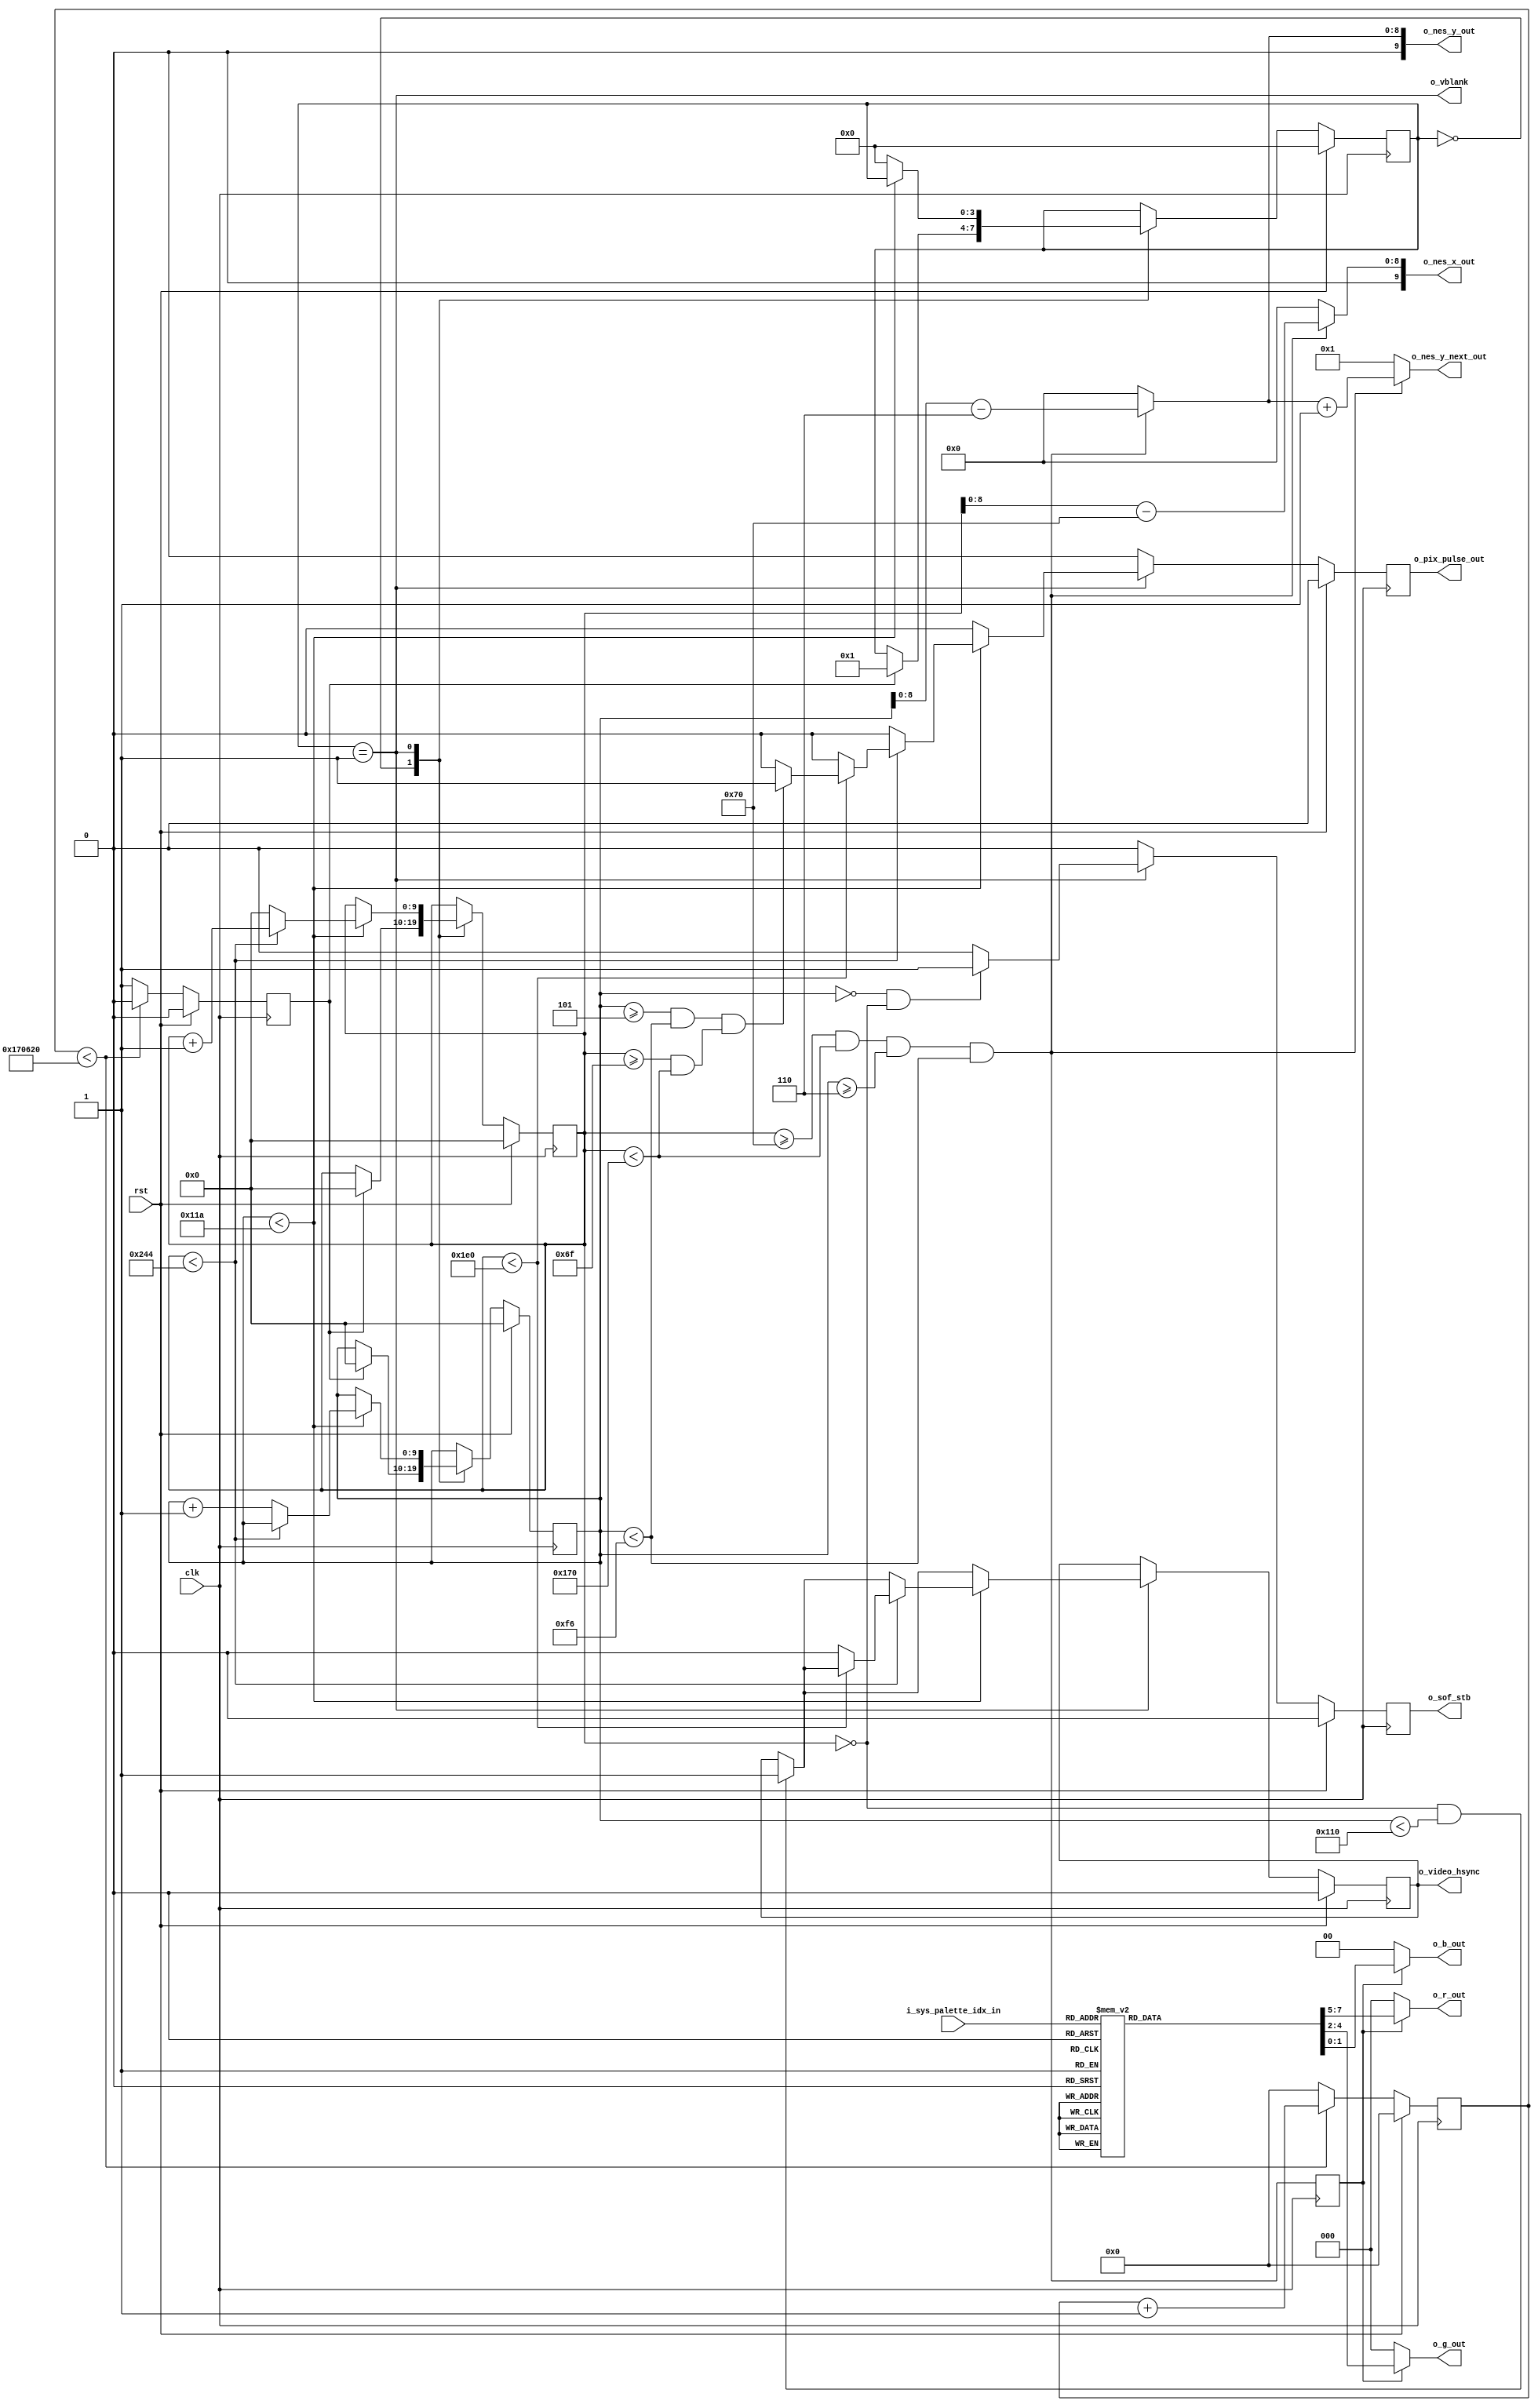
// This program was cloned from: https://github.com/CospanDesign/nysa-verilog
// License: MIT License

`timescale 1ns/1ps

module rgb_generator #(
  parameter           CLOCK_RATE    = 100000000,
  parameter           FPS           = 60,

  //Should be at the center of the screen
  parameter           FRAME_WIDTH   = 480,
  parameter           FRAME_HEIGHT  = 272,
  parameter           X_OFFSET      = 112,
  parameter           Y_OFFSET      = 6,
  parameter           BG_COLOR      = 8'h00,
  parameter           HBLANK        = 100,
  parameter           VBLANK        = 10
)(
  input               clk,                // 100MHz system clock signal
  input               rst,                // reset signal

  //X, Y, Y Next, pixel clock and a vblank
  output        [9:0] o_nes_x_out,        // nes x coordinate
  output        [9:0] o_nes_y_out,        // nes y coordinate
  output        [9:0] o_nes_y_next_out,   // next line's nes y coordinate
  output  reg         o_pix_pulse_out,    // 1 clk pulse prior to o_nes_x update
  //output              o_pix_pulse_out,    // 1 clk pulse prior to o_nes_x update
  output              o_vblank,           // indicates a vblank is occuring (no PPU vram access)

  //From the below control signal, the PPU returns this value
  input         [5:0] i_sys_palette_idx_in,  // system palette index (selects output color)

  //Generated Signals to Drive Display
  output  reg         o_video_hsync = 0,  // Video horizontal sync
  output  reg         o_sof_stb = 0,      // Start of frame
  output        [2:0] o_r_out,            // vga red signal
  output        [2:0] o_g_out,            // vga green signal
  output        [1:0] o_b_out             // vga blue signal
);


//local parameters
localparam  IMAGE_WIDTH     = 256;
localparam  IMAGE_HEIGHT    = 240;
localparam  VBLANK_TIMEOUT = ((((FRAME_WIDTH + HBLANK) * FRAME_HEIGHT) + VBLANK) > (CLOCK_RATE / FPS)) ?
                                          10 :
                                          (CLOCK_RATE / FPS) - (((FRAME_WIDTH + HBLANK) * FRAME_HEIGHT) + VBLANK);

//localparam VBLANK_TIMEOUT = 500;
//localparam VBLANK_TIMEOUT = 148064;
//localparam VBLANK_TIMEOUT = 150000;


localparam  IDLE            = 0;
localparam  VID             = 1;

//Registers/Wires
reg   [9:0]       r_x_pos;
reg   [9:0]       r_y_pos;
reg   [7:0]       r_rgb;

wire  [8:0]       w_x_pos;
wire  [8:0]       w_y_pos;

reg   [23:0]      r_clk_div_count;
wire  [23:0]      w_vblank_debug = VBLANK_TIMEOUT;
reg   [3:0]       state;

wire  [7:0]       w_bg_color;
wire              w_valid;
reg               r_valid;
wire  [31:0]      w_vblank_timeout = VBLANK_TIMEOUT;
reg               r_start_stb;


//synchronous logic

//Generate a pulse when we are about to start capturing video
always @ (posedge clk) begin
  r_start_stb       <=  0;
  if (rst) begin
    r_clk_div_count <=  0;
  end
  else begin
    if (r_clk_div_count < VBLANK_TIMEOUT) begin
      r_clk_div_count <= r_clk_div_count + 1;
    end
    else begin
      r_clk_div_count <=  0;
      r_start_stb     <=  1;
    end
  end
end

//Color lookup table
always @ (*) begin
  if (!r_valid) begin
    r_rgb             = 0;
  end
  else begin
    // Lookup RGB values based on sys_palette_idx.  Table is an approximation of the NES
    // system palette.  Taken from http://nesdev.parodius.com/NESTechFAQ.htm#nessnescompat.
    case (i_sys_palette_idx_in)
      6'h00:  r_rgb = { 3'h3, 3'h3, 2'h1 };
      6'h01:  r_rgb = { 3'h1, 3'h0, 2'h2 };
      6'h02:  r_rgb = { 3'h0, 3'h0, 2'h2 };
      6'h03:  r_rgb = { 3'h2, 3'h0, 2'h2 };
      6'h04:  r_rgb = { 3'h4, 3'h0, 2'h1 };
      6'h05:  r_rgb = { 3'h5, 3'h0, 2'h0 };
      6'h06:  r_rgb = { 3'h5, 3'h0, 2'h0 };
      6'h07:  r_rgb = { 3'h3, 3'h0, 2'h0 };
      6'h08:  r_rgb = { 3'h2, 3'h1, 2'h0 };
      6'h09:  r_rgb = { 3'h0, 3'h2, 2'h0 };
      6'h0a:  r_rgb = { 3'h0, 3'h2, 2'h0 };
      6'h0b:  r_rgb = { 3'h0, 3'h1, 2'h0 };
      6'h0c:  r_rgb = { 3'h0, 3'h1, 2'h1 };
      6'h0d:  r_rgb = { 3'h0, 3'h0, 2'h0 };
      6'h0e:  r_rgb = { 3'h0, 3'h0, 2'h0 };
      6'h0f:  r_rgb = { 3'h0, 3'h0, 2'h0 };

      6'h10:  r_rgb = { 3'h5, 3'h5, 2'h2 };
      6'h11:  r_rgb = { 3'h0, 3'h3, 2'h3 };
      6'h12:  r_rgb = { 3'h1, 3'h1, 2'h3 };
      6'h13:  r_rgb = { 3'h4, 3'h0, 2'h3 };
      6'h14:  r_rgb = { 3'h5, 3'h0, 2'h2 };
      6'h15:  r_rgb = { 3'h7, 3'h0, 2'h1 };
      6'h16:  r_rgb = { 3'h6, 3'h1, 2'h0 };
      6'h17:  r_rgb = { 3'h6, 3'h2, 2'h0 };
      6'h18:  r_rgb = { 3'h4, 3'h3, 2'h0 };
      6'h19:  r_rgb = { 3'h0, 3'h4, 2'h0 };
      6'h1a:  r_rgb = { 3'h0, 3'h5, 2'h0 };
      6'h1b:  r_rgb = { 3'h0, 3'h4, 2'h0 };
      6'h1c:  r_rgb = { 3'h0, 3'h4, 2'h2 };
      6'h1d:  r_rgb = { 3'h0, 3'h0, 2'h0 };
      6'h1e:  r_rgb = { 3'h0, 3'h0, 2'h0 };
      6'h1f:  r_rgb = { 3'h0, 3'h0, 2'h0 };

      6'h20:  r_rgb = { 3'h7, 3'h7, 2'h3 };
      6'h21:  r_rgb = { 3'h1, 3'h5, 2'h3 };
      6'h22:  r_rgb = { 3'h2, 3'h4, 2'h3 };
      6'h23:  r_rgb = { 3'h5, 3'h4, 2'h3 };
      6'h24:  r_rgb = { 3'h7, 3'h3, 2'h3 };
      6'h25:  r_rgb = { 3'h7, 3'h3, 2'h2 };
      6'h26:  r_rgb = { 3'h7, 3'h3, 2'h1 };
      6'h27:  r_rgb = { 3'h7, 3'h4, 2'h0 };
      6'h28:  r_rgb = { 3'h7, 3'h5, 2'h0 };
      6'h29:  r_rgb = { 3'h4, 3'h6, 2'h0 };
      6'h2a:  r_rgb = { 3'h2, 3'h6, 2'h1 };
      6'h2b:  r_rgb = { 3'h2, 3'h7, 2'h2 };
      6'h2c:  r_rgb = { 3'h0, 3'h7, 2'h3 };
      6'h2d:  r_rgb = { 3'h0, 3'h0, 2'h0 };
      6'h2e:  r_rgb = { 3'h0, 3'h0, 2'h0 };
      6'h2f:  r_rgb = { 3'h0, 3'h0, 2'h0 };

      6'h30:  r_rgb = { 3'h7, 3'h7, 2'h3 };
      6'h31:  r_rgb = { 3'h5, 3'h7, 2'h3 };
      6'h32:  r_rgb = { 3'h6, 3'h6, 2'h3 };
      6'h33:  r_rgb = { 3'h6, 3'h6, 2'h3 };
      6'h34:  r_rgb = { 3'h7, 3'h6, 2'h3 };
      6'h35:  r_rgb = { 3'h7, 3'h6, 2'h3 };
      6'h36:  r_rgb = { 3'h7, 3'h5, 2'h2 };
      6'h37:  r_rgb = { 3'h7, 3'h6, 2'h2 };
      6'h38:  r_rgb = { 3'h7, 3'h7, 2'h2 };
      6'h39:  r_rgb = { 3'h7, 3'h7, 2'h2 };
      6'h3a:  r_rgb = { 3'h5, 3'h7, 2'h2 };
      6'h3b:  r_rgb = { 3'h5, 3'h7, 2'h3 };
      6'h3c:  r_rgb = { 3'h4, 3'h7, 2'h3 };
      6'h3d:  r_rgb = { 3'h0, 3'h0, 2'h0 };
      6'h3e:  r_rgb = { 3'h0, 3'h0, 2'h0 };
      6'h3f:  r_rgb = { 3'h0, 3'h0, 2'h0 };
      default: r_rgb = {3'h0, 3'h0, 2'h0 };
    endcase
  end
end

assign  o_vblank          = state == VID;
//assign  o_pix_pulse_out   = w_valid;
assign  w_valid           = (r_x_pos >= X_OFFSET) && (r_x_pos < (X_OFFSET + IMAGE_WIDTH)) &&
                            (r_y_pos >= Y_OFFSET) && (r_y_pos < (Y_OFFSET + IMAGE_HEIGHT));


assign  w_x_pos           = w_valid ? r_x_pos - X_OFFSET: 0;
assign  w_y_pos           = w_valid ? r_y_pos - Y_OFFSET: 0;

assign  o_nes_x_out       = {1'b0, w_x_pos};
assign  o_nes_y_out       = {1'b0, w_y_pos};
assign  o_nes_y_next_out  = w_valid ? o_nes_y_out + 1: 1;

assign  o_r_out           = r_valid ? r_rgb[7:5]: w_bg_color[7:5];
assign  o_g_out           = r_valid ? r_rgb[4:2]: w_bg_color[4:2];
assign  o_b_out           = r_valid ? r_rgb[1:0]: w_bg_color[1:0];

assign  w_bg_color        = BG_COLOR;


//Positional data
always @ (posedge clk) begin
  o_sof_stb               <=  0;
  r_valid                 <=  w_valid;
  o_pix_pulse_out         <=  0;
  if (rst) begin
    r_x_pos               <=  0;
    r_y_pos               <=  0;
    o_video_hsync         <=  0;
    state                 <=  IDLE;
  end
  else begin
    case (state)
      IDLE: begin
        if (r_start_stb) begin
          state           <=  VID;
          r_y_pos         <=  0;
          r_x_pos         <=  0;
        end
      end
      VID: begin
        //if ((r_y_pos == Y_OFFSET) && (r_x_pos == X_OFFSET)) begin
        if ((r_y_pos == 0) && (r_x_pos == 0)) begin
          o_sof_stb       <=  1;
        end
        if ((r_x_pos == 0) && (r_y_pos < FRAME_HEIGHT)) begin
          o_video_hsync   <=  1;
        end
        if (r_y_pos < (FRAME_HEIGHT + VBLANK)) begin
          if (r_x_pos < (FRAME_WIDTH + HBLANK)) begin
            if (r_x_pos < FRAME_WIDTH) begin
              if (((r_y_pos >= (Y_OFFSET - 1)) && (r_y_pos < (Y_OFFSET + IMAGE_HEIGHT))) &&
                  ((r_x_pos >= (X_OFFSET - 1)) && (r_x_pos < (X_OFFSET + IMAGE_WIDTH )))) begin
                o_pix_pulse_out <=  1;
              end
            end
            else begin
              o_video_hsync   <=  0;
            end
            r_x_pos       <=  r_x_pos + 1;
          end
          else begin
            //$display("Next Line!");
            r_x_pos       <=  0;
            r_y_pos       <=  r_y_pos + 1;
          end
        end
        else begin
          state           <=  IDLE;
        end
      end
      default: begin
      end
    endcase
  end
end

endmodule